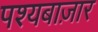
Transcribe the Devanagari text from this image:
पश्यबाज़ार